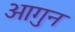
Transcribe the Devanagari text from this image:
आगुन